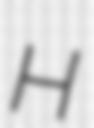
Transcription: H